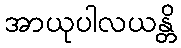
အာယုပါလယန္တိ